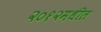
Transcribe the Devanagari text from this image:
२०१२मधील